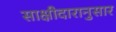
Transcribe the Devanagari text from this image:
साक्षीदारानुसार